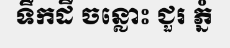
ទឹកដី ចន្លោះ ជួរ ភ្នំ